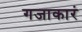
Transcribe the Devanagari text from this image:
गजाकारं